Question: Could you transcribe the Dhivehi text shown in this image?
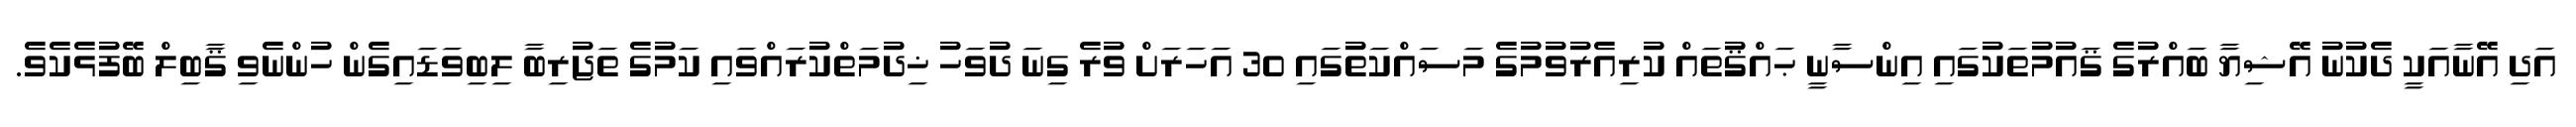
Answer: އަދި އޭނާއަކީ ދެކުނު އޭޝިޔާ ބައްރުގެ ޤައުމުތަކުގައި އިންސާނީ ޙައްޤުތައް ކުރިއެރުވުމުގެ މަސައްކަތުގައި 30 އަހަރަށް ވުރެ ގިނަ ދުވަހު ޚިދުމަތްކުރައްވައި ކަމުގެ ތަޖުރިބާ ލިބިވަޑައިގެން ހުންނެވި ޤާބިލް ބޭފުޅެކެވެ.